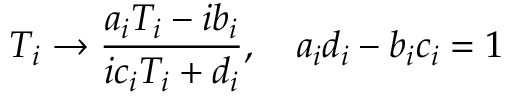
T _ { i } \rightarrow \frac { a _ { i } T _ { i } - i b _ { i } } { i c _ { i } T _ { i } + d _ { i } } , \, \, \, \, \, \, a _ { i } d _ { i } - b _ { i } c _ { i } = 1